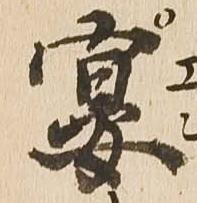
宴